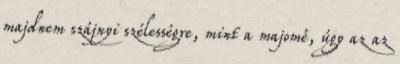
majdnem szájnyi szélességre, mint a majomé, úgy az az